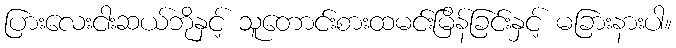
ပြားလေးငါးဆယ်ဘိုနှင့် သူတောင်းစားထမင်းမြိန်ခြင်းနှင့် မခြားနားပါ။